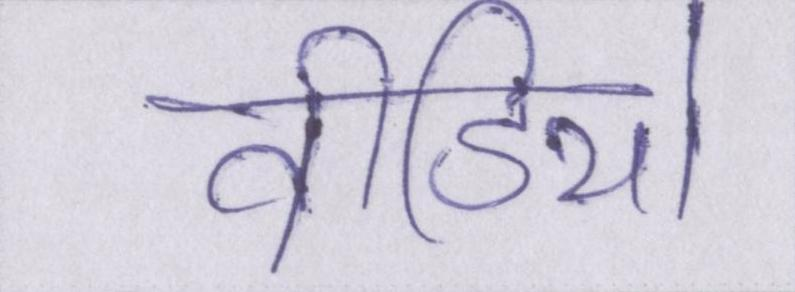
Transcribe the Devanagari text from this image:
वीडियो